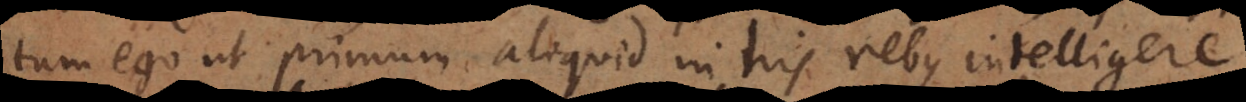
tum ego ut primum aliquid in his rebus intelligere